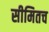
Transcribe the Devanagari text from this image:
सीमितच